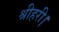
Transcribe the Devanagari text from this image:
श्रीहरी।